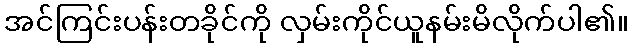
အင်ကြင်းပန်းတခိုင်ကို လှမ်းကိုင်ယူနမ်းမိလိုက်ပါ၏။